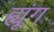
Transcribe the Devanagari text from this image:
ह्यूंग